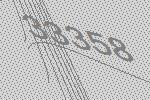
33358